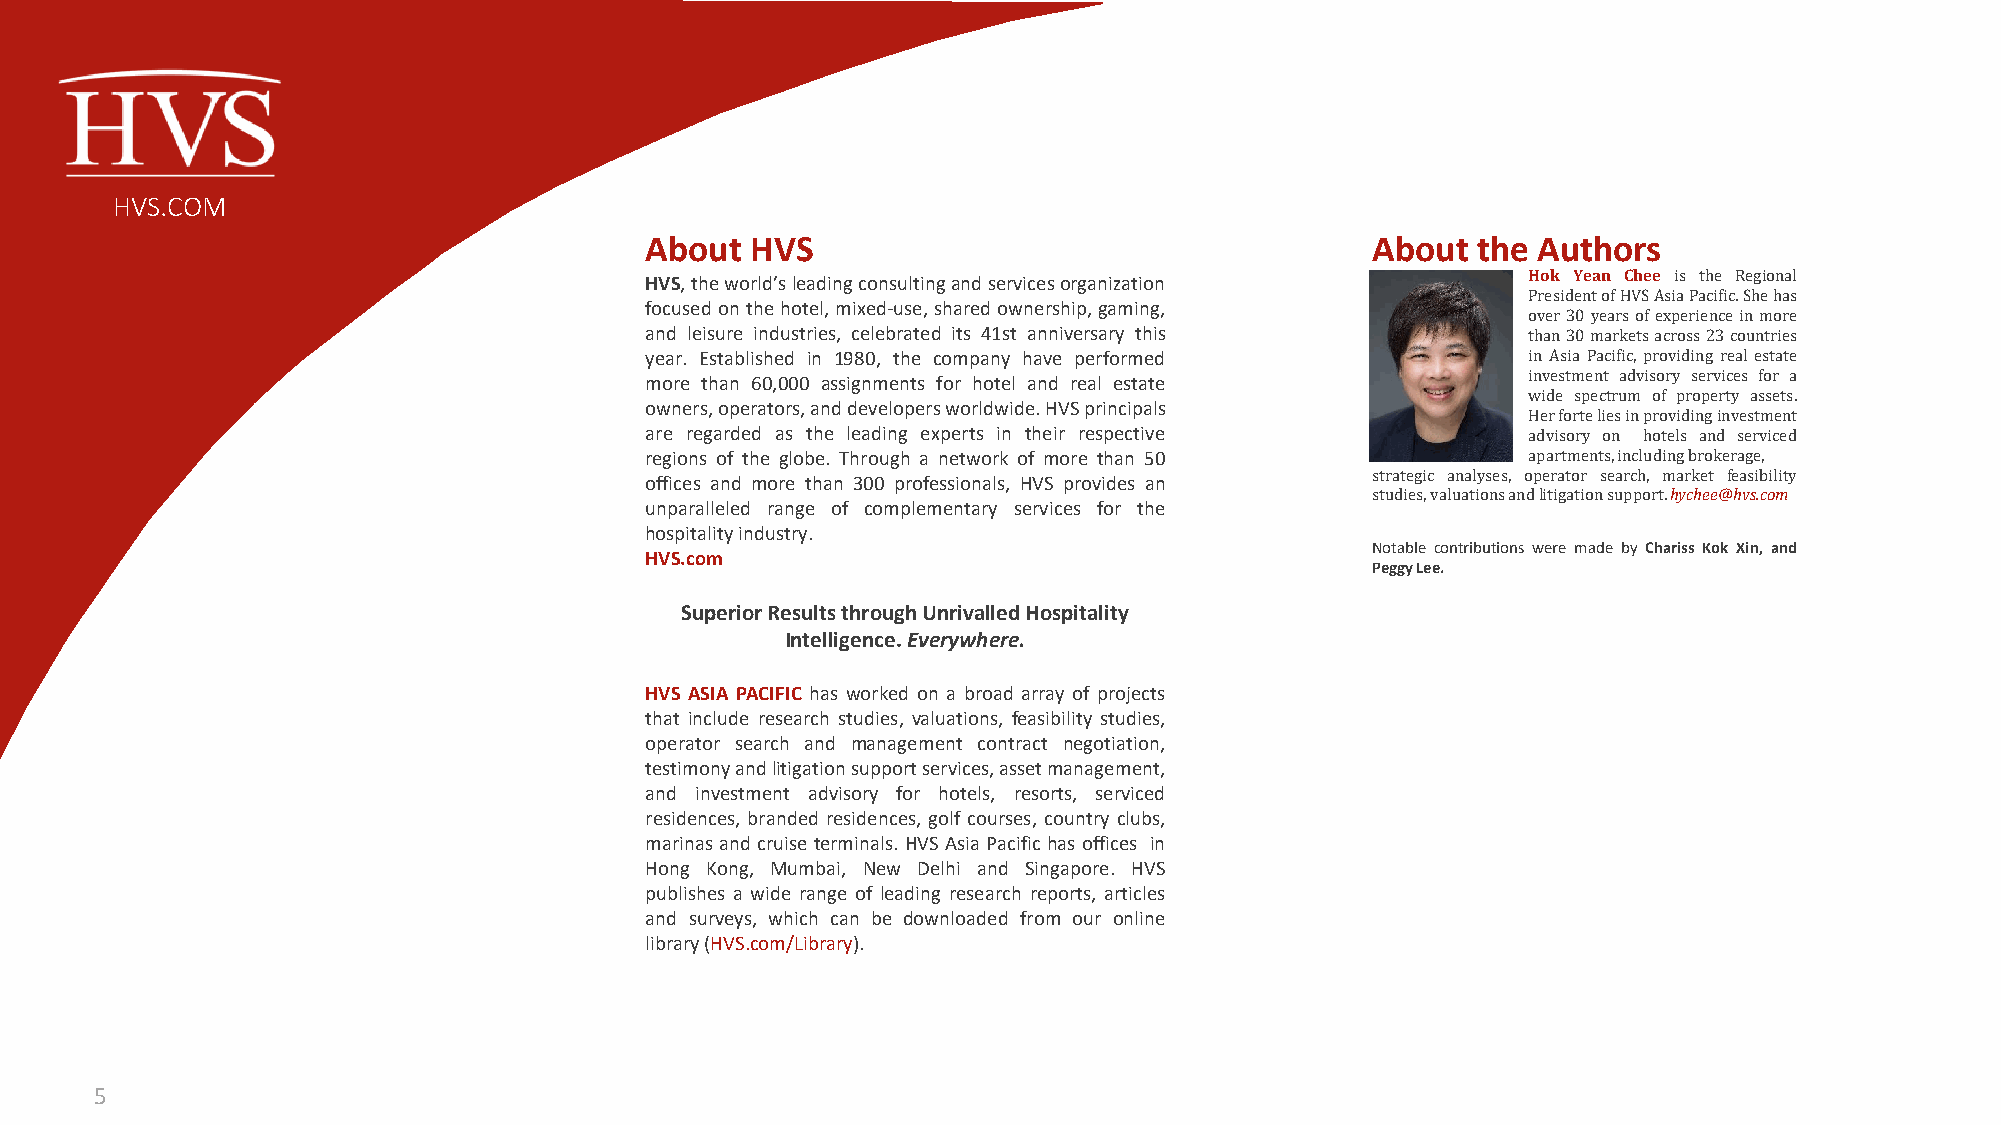
HVS.COM
 About  HVS                                      About  the Authors
 Hok Yean Chee is the Regional
 HVS,theworld’sleadingconsultingandservicesorganization
 PresidentofHVSAsiaPacific.Shehas
 focusedonthehotel, mixed-use,sharedownership,gaming,
 over30yearsofexperienceinmore
 and leisure industries, celebrated its 41st anniversary this than30marketsacross23countries
 year. Established in 1980, the company have performed     in Asia Pacific, providing real estate
 investment advisory services for a
 more than 60,000 assignments for hotel and real estate
 wide spectrum of property assets.
 owners,operators,anddevelopersworldwide.HVSprincipals
 Herforteliesinprovidinginvestment
 are regarded as the leading experts in their respective   advisory on hotels and serviced
 regions of the globe. Through a network of more than 50   apartments,includingbrokerage,
 strategic analyses, operator search, market feasibility
 offices and more than 300 professionals, HVS provides an
 studies,valuationsandlitigationsupport.hychee@hvs.com
 unparalleled range of complementary services for the
 hospitalityindustry.
 Notable contributions were made by Chariss Kok Xin, and
 HVS.com
 PeggyLee.
 Superior Results through Unrivalled Hospitality
 Intelligence. Everywhere.
 HVS ASIA PACIFIC has worked on a broad array of projects
 that include research studies, valuations, feasibility studies,
 operator search and management contract negotiation,
 testimonyandlitigationsupportservices,assetmanagement,
 and investment advisory for hotels, resorts, serviced
 residences, branded residences, golf courses, country clubs,
 marinasand cruiseterminals.HVSAsiaPacifichasoffices in
 Hong Kong, Mumbai, New Delhi and Singapore. HVS
 publishes a wide range of leading research reports, articles
 and surveys, which can be downloaded from our online
 library(HVS.com/Library).
 5